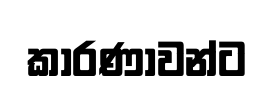
කාරණාවන්ට